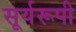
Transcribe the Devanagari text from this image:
सूर्यरूपी